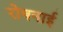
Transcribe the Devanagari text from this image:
रोषनाई